Leaving Certificate Examination, 1919
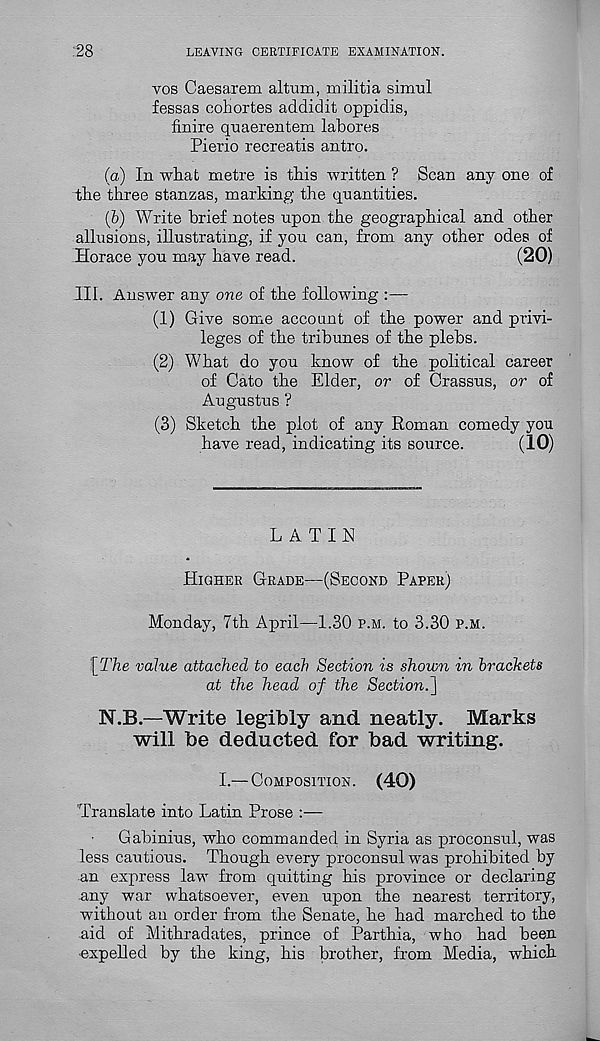
:28
LEAVING CERTIFICATE EXAMINATION.
vos Caesarem altnm, militia simul
fessas cohortes addidit oppidis,
finire quaerentem labores
Pierio recreatis antro.
(a) In what metre is this written ? Scan any one of
the three stanzas, marking the quantities.
(b) Write brief notes upon the geographical and other
allusions, illustrating, if you can, from any other odes of
Horace you may have read.
(20)
III. Answer any one of the following :—
(1) Give some account of the power and privi-
leges of the tribunes of the plebs.
(2) What do you know of the political career
of Cato the Elder, or of Crassus, or of
Augustus ?
(3) Sketch the plot of any Roman comedy you
have read, indicating its source.
(10)
LATIN
HIGHER GRADE—(SECOND PAPER)
Monday, 7th April—1.30 P.M. to 3.30 P.M.
[The value attached to each Section is shown in brackets
at the head of the Section.']
N.B.—Write legibly and neatly. Marks
will be deducted for bad writing.
I.— COMPOSITION.
(40)
Translate into Latin Prose :—
Gabinius, who commanded in Syria as proconsul, was
less cautious. Though every proconsul was prohibited by
an express law from quitting his province or declaring
any war whatsoever, even upon the nearest territory,
without an order from the Senate, he had marched to the
aid of Mithradates, prince of Parthia, who had been
•expelled by the king, his brother, from Media, which